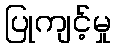
ပြုကျင့်မှု